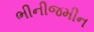
ભીનીજમીન